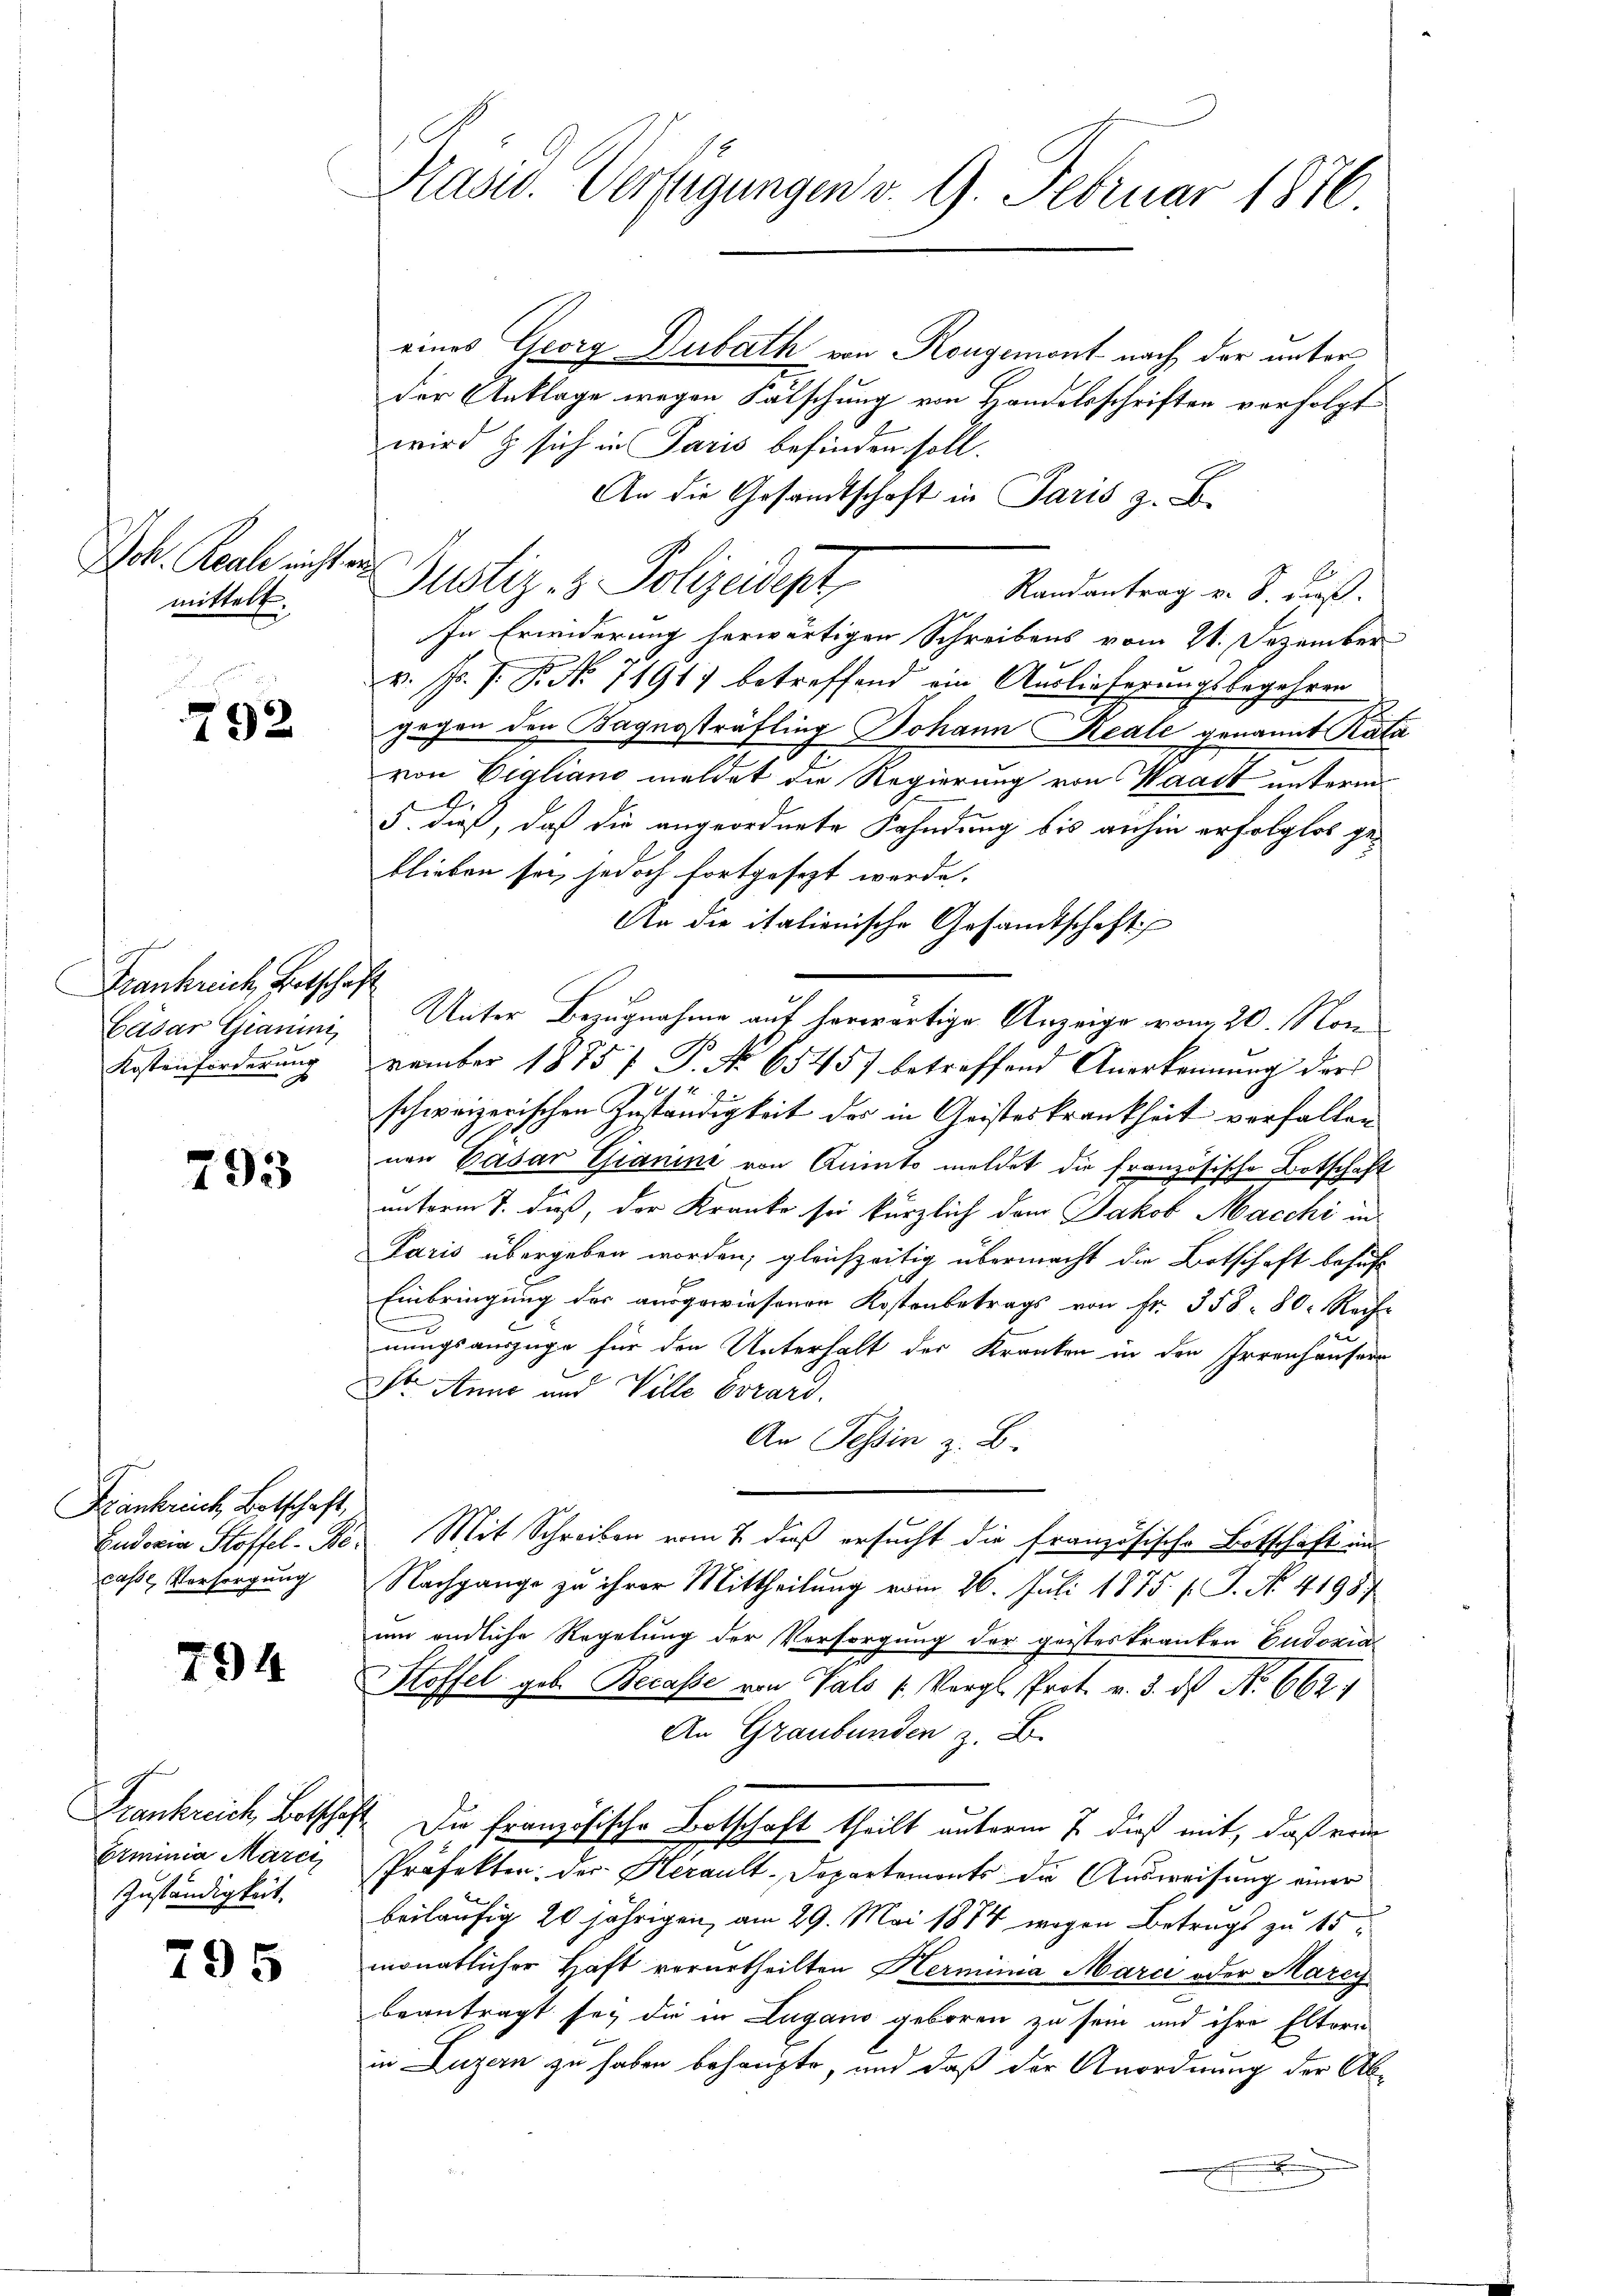
Joh. Reale nicht au
mittelt.

292

Frankreich, Entschaft
Cäsar Granini
Kostenforderung

293

Frankreich Botschaft,
casse Versorgung

794

Erminia Maren
Zuständigkeit.

795

Präsid. Verfügungen v. 9. Februar 1876

eines Georg Dubath von Rongement nach der unterder Anklage wegen Fälschung von Handelsschriften verfolgt
wird & sich in Paris befinden soll.
An die Gesandtschaft in Paris z. B.
Justiz- & Polizeidigt
Randantrag v. 8. dieß.
In Erwiderung herwärtigen Schreibens vom 21. Dezember
v. J. J. P. No 7191) betreffend ein Auslieferungsbegehren
gegen den Bagnosträfling Johann Reale genannt Kata
von Eigliano meldet die Regierung von Waadt unterm
A
5. dieß, daß die angeordnete Fahndung bis anhin erfolglos geblieben sei, jedoch fortgesezt werde.
An die italienische Gesandtschaft
Unter Bezugnahme auf herwärtige Anzeige vom 20. Mon
vember 1875 f. P. No 65457 betreffend Anerkennung ders
1 1
i
schweizerischen Geständigkeit des in Geisteskrankheit vorfallen
nen Cäsar Chianin von Amts meldet die französische Botschaft
unterm 7. dieß, der Kranke sei kürzlich dem Jakob Macchi in
Paris übergeben worden; gleichzeitig übermacht die Botschaft besucht
Einbringung der ausgewiesenen Kostenbetrags von Fr. 358 - 80. Rech-
nungsauszüge für den Unterhalt der Kranken in den Irrenhäusern
Dr. Anne und Ville Evrard.
An Tessin z. B.
Eudoxia Stoffel. e. Mit Schreiben vom 7. dieß ersucht die französische Botschaft im
Nachgange zu ihrer Mittheilung vom 26. Juli 1875. /. J. No. 41987
um endliche Regelung der Versorgung der geisteskranken Eudoxia
Stoffel geb. Becasse von Vals 1. Vergl. Prot. v. 3. ds No 662.
An Graubünden z. B.
Frankreich Botschaft. Die französische Botschaft theilt unterm 7. dieß mit, daß erde
Präfekten der Herault-Departemonts die Ausweisung einer
beiläufig 20 jährigen, am 29. Mai 1874 wegen Betrags zu 15
monatlicher Haft verurtheilten Herminia Marci oder Marcy
beantragt sey die in Lugano geboren zu sein und ihre Eltern
in Luzern zu haben behaupte, und daß der Anordnung der Ab¬